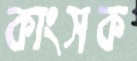
কাংসক